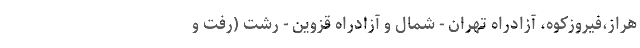
هراز،فیروزکوه، آزادراه تهران - شمال و آزادراه قزوین - رشت (رفت و